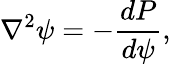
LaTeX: \nabla^{2}\psi=-\frac{dP}{d\psi},